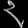
Digit: ၃